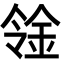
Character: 𨥷